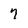
Character: 7